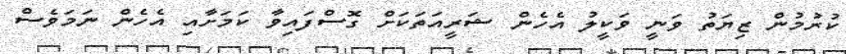
ކުރުމުން ޒިޔަތު ވަނީ ވަކީލު އެހެން ޝަރީއަތަކަށް ގޮސްފައިވާ ކަމަށާއި އެހެން ނަމަވެސް